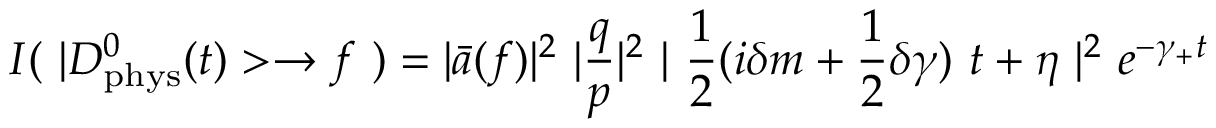
I ( ~ | D _ { \mathrm { p h y s } } ^ { 0 } ( t ) > \to f ~ ) = | \bar { a } ( f ) | ^ { 2 } ~ | \frac { q } { p } | ^ { 2 } ~ | ~ \frac { 1 } { 2 } ( i \delta m + \frac { 1 } { 2 } \delta \gamma ) ~ t + \eta ~ | ^ { 2 } ~ e ^ { - \gamma _ { + } t }